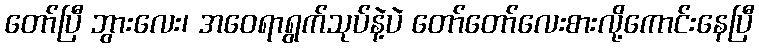
တော်ပြီ ဘွားလေး၊ အဝေရာရွက်သုပ်နဲ့ပဲ တော်တော်လေးစားလို့ကောင်းနေပြီ